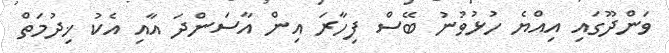
ވަންދޫގައި އިއްޔެ ހުޅުވުނު ބޭސް ފިހާރަ އިން އާސަންދަ އާއި އެކު ޚިދުމަތް